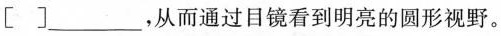
[ ]____，从而通过目镜看到明亮的圆形视野。